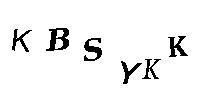
KBSYKK